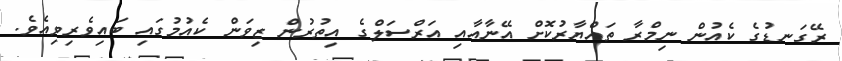
ރޭގަނޑުގެ ކެއުން ނިމްރާ ތައްޔާރުކޮށް އޭނާއާއި އަރްސަލްގެ އިތުރުން ޒިވަން ކެއުމުގައި ބައިވެރިވިއެވެ.